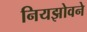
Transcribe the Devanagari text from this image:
नियझोवने